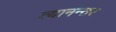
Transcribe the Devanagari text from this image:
त्यानन्तर